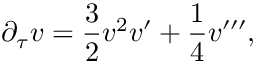
\partial _ { \tau } v = \frac { 3 } { 2 } v ^ { 2 } v ^ { \prime } + \frac { 1 } { 4 } v ^ { \prime \prime \prime } ,